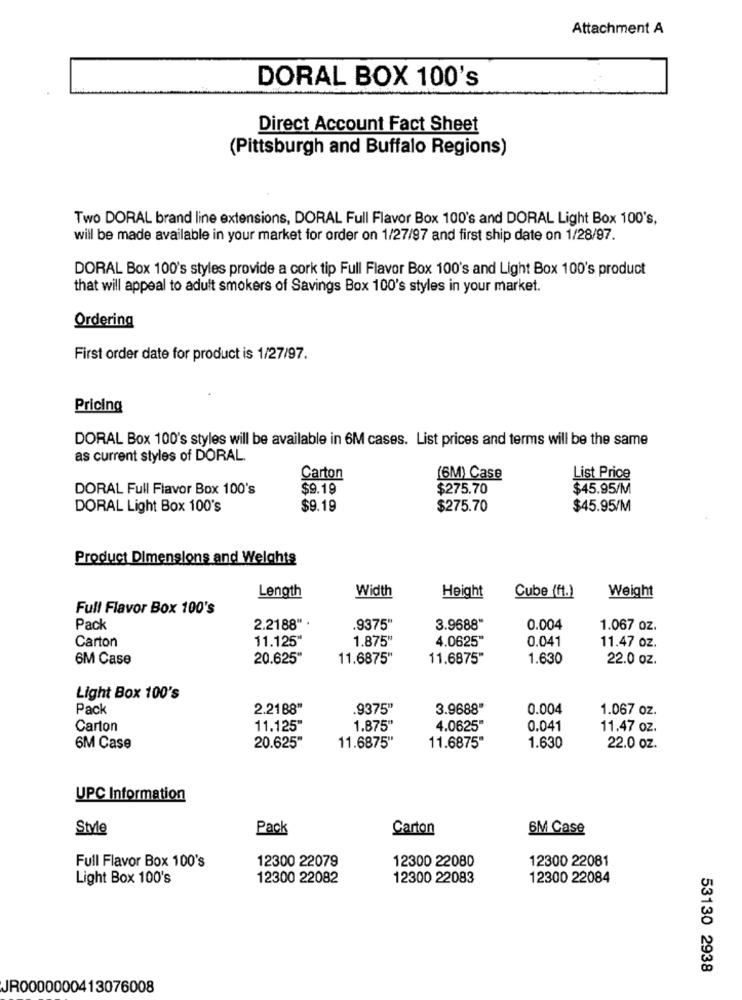
Attachment A
DORAL BOX 100's
Direct Account Fact Sheet
(Pittsburgh and Buffalo Regions)
Two DORAL brand line extensions, DORAL Full Flavor Box 100's and DORAL Light Box 100's,
will be made available in your market for order on 1/27/97 and first ship date on 1/28/97.
DORAL Box 100's styles provide a cork tip Full Flavor Box 100's and Light Box 100's product
that will appeal to adult smokers of Savings Box 100's styles in your market.
Ordering
First order date for product is 1/27/97.
Pricing
DORAL Box 100's styles will be available in 6M cases. List prices and terms will be the same
as current styles of DORAL.
Carton
(6M) Case
List Price
DORAL Full Flavor Box 100's
$9.19
$275.70
$45.95/M
DORAL Light Box 100's
$9.19
$275.70
$45.95/M
Product Dimensions and Welghts
Length
Width
Height
Cube (ft.)
Weight
Full Flavor Box 100's
Pack
2.2188"
.9375"
3.9688"
0.004
1.067 oz.
Carton
11.125
1.875"
4.0625"
0.041
11.47 oz
6M Case
20.625"
11.6875"
11.6875"
1.630
22.0 oz.
Light Box 100's
Pack
2.2188"
.9375"
3.9688"
0.004
1.067 oz.
Carton
11.125"
1.875"
4.0625"
0.041
11.47 oz.
20.625"
6M Case
11.6875"
11.6875"
1.630
22.0 oz.
UPC Information
Style
Pack
Carton
6M Case
Full Flavor Box 100's
12300 22079
12300 22080
12300 22081
Light Box 100's
12300 22082
12300 22083
12300 22084
53130 2938
JR0000000413076008